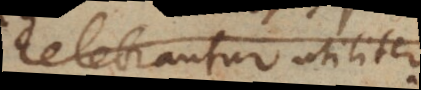
celebrantur utiliter